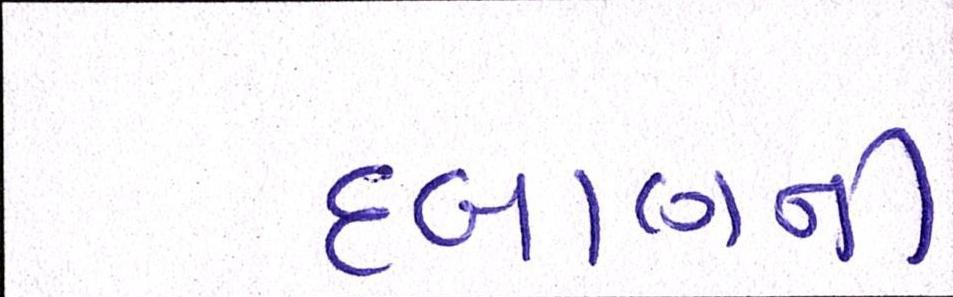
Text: દબાણની